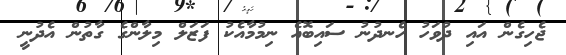
ޖެހިގެން އައި ދުވަހު ހެނދުނު ސައިބޮއެ ނިމުމާއެކު ފަޒަލް މިލާންގެ ގާތުން އެދުނީ